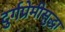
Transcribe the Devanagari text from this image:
दुर्गप्रेमीसुद्धा